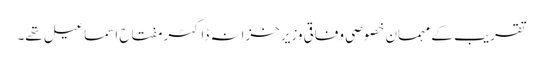
تقریب کے مہمان خصوصی وفاقی وزیرخزانہ ڈاکٹر مفتاح اسماعیل تھے۔